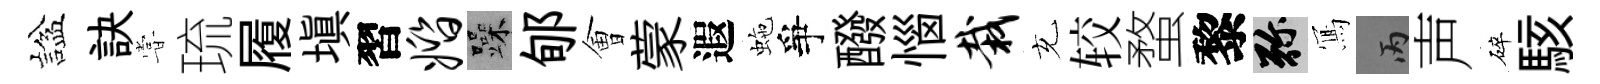
諡訣甞琉履塡習婚躁郇㑹蒙遐虵爭醱惱栽充较蝥黎弥𭂁丙声碎駭